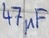
Text: 47µF